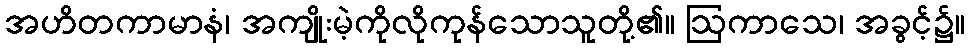
အဟိတကာမာနံ၊ အကျိုးမဲ့ကိုလိုကုန်သောသူတို့၏။ ဩကာသေ၊ အခွင့်၌။